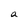
Character: a